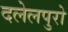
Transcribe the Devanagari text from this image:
दलेलपुरो